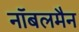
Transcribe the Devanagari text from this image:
नॉबलमैन